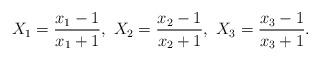
\begin{align*} X_1 = \frac{x_1-1}{x_1+1},\ X_2 = \frac{x_2-1}{x_2+1},\ X_3 = \frac{x_3-1}{x_3+1}.\end{align*}